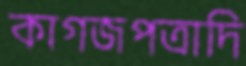
কাগজপত্রাদি